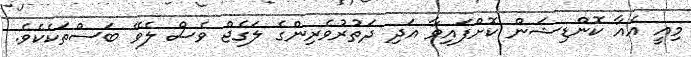
މިއީ އެއާ ކޮންޑިޝަން ކޮށްފައިވާ އަދި ދަތުރުވެރިންގެ ލަގެޖް ވެސް ލެވޭ ބަސްތަކެކެވެ.